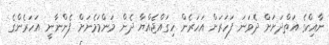
ނާއިކްގެ އަތްދަށަށް ދެވަނަ ފަހަރަށް އަހަރެން ހިގައްޖެއްޔާ ދެން މަންމަމެނަށް ފެންނާނީ އަހަރެންގެ